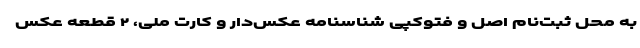
به محل ثبت‌نام اصل و فتوکپی شناسنامه عکس‌دار و کارت ملی، ۲ قطعه عکس